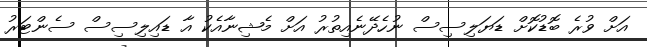
އަށް ވުރެ ބޮޑުކޮށް ޑަޔަލިސިސް ނުހެދޭނެއިތުރު އަށް މެޝިނާއެކު އާ ޑައިލިސިސް ސެންޓަރު